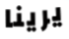
يرينا